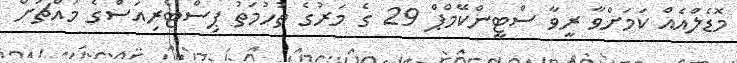
މޮޑެލްއެއް ކަމަށްވާ ރީވާ ސްޓީންކޭމްޕް 29 ގެ މަރުގެ ތުހުމަތު ޕިސްޓޯރިއަސްގެ މައްޗަށް